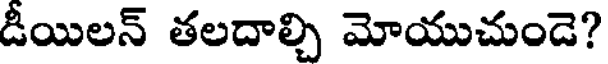
డీయిలన్ తలదాల్చి మోయుచుండె?